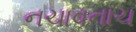
નચાવનાચ